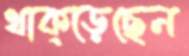
থাক্‌ড়েছেন